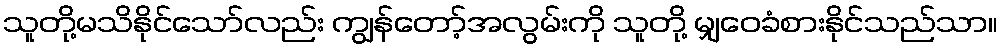
သူတို့မသိနိုင်သော်လည်း ကျွန်တော့်အလွမ်းကို သူတို့ မျှဝေခံစားနိုင်သည်သာ။